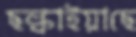
ছল্‌কাইয়াছে